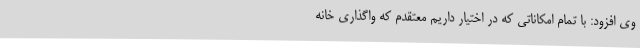
وی افزود: با تمام امکاناتی که در اختیار داریم معتقدم که واگذاری خانه